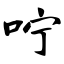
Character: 咛